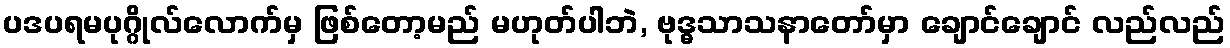
ပဒပရမပုဂ္ဂိုလ်လောက်မှ ဖြစ်တော့မည် မဟုတ်ပါဘဲ, ဗုဒ္ဓသာသနာတော်မှာ ချောင်ချောင် လည်လည်